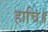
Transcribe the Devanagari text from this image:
हाचि॥